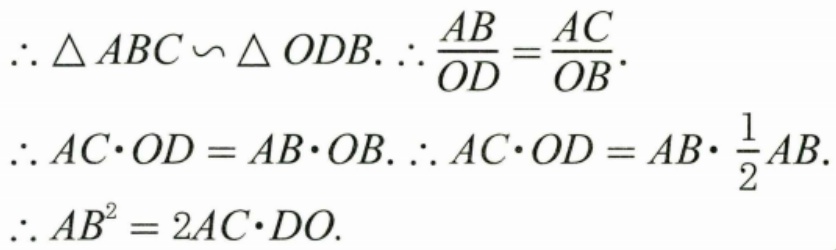
$\begin{align*}
&\therefore \triangle ABC\backsim\triangle ODB.\therefore\frac{AB}{OD}=\frac{AC}{OB}.\\
&\therefore AC\cdot OD = AB\cdot OB.\therefore AC\cdot OD = AB\cdot\frac{1}{2}AB.\\
&\therefore AB^{2}=2AC\cdot DO.
\end{align*}$